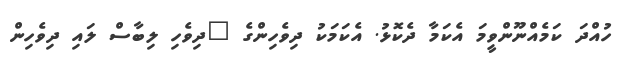
ހުއްދަ ކަމެއްނޫންވީމަ އެކަމާ ދެކޮޅު. އެކަމަކު ދިވެހިންގެ "ދިވެހި ލިބާސް ލައި ދިވެހިން